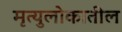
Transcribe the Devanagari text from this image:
मृत्युलोकातील